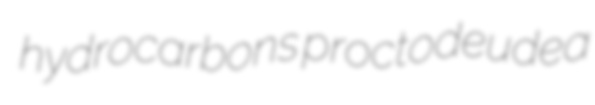
hydrocarbons proctodeudea